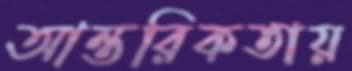
আন্তরিকতায়